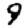
Digit: 9